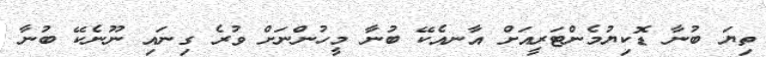
ތިޔަ ބުނާ ޑޮކިޔުމެންޓަރީއަށް އާނއެކޭ ބުނާ މީހުންނަށް ވުރެ ގިނައި ނޫނެކޭ ބުނާ